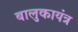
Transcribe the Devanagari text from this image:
बालुकायंत्र